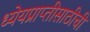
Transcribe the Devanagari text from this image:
ध्येयप्राप्तीसाठीची